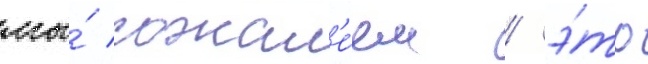
мы́ сожал'е́ем / э́то